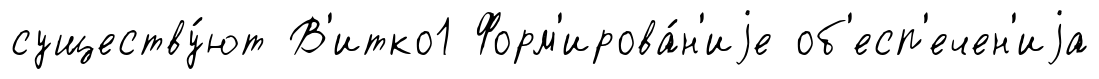
существу́ют В'итко1 Форм'ирова́н'иjе об'есп'ечен'иjа